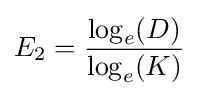
E_{2}={\frac {\log _{e}(D)}{\log _{e}(K)}}